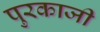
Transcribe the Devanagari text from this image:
पुरकाजी